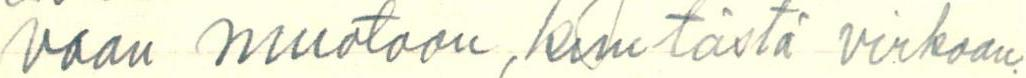
vaan muotoon, kun tästä virkoan.